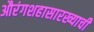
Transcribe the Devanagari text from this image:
औरंगशहासारख्याची